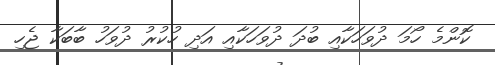
ކޮންމެ ހޯމަ ދުވަހަކާއި ބުދަ ދުވަހަކާއި އަދި ހުކުރު ދުވަހު ބާބަކާ ޖެހި